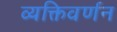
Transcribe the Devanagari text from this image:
व्यक्तिवर्णन